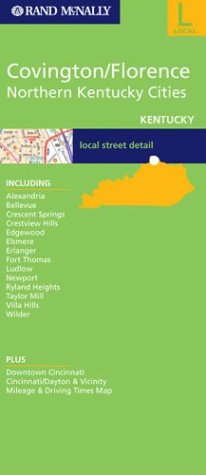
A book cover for Covington/Florence/Northern Kentucky Cities; Navigation Technologies Corporation; Travel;